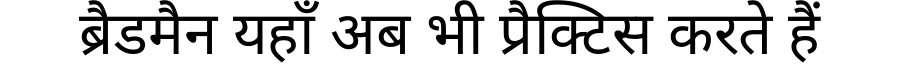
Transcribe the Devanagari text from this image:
ब्रैडमैन यहाँ अब भी प्रैक्टिस करते हैं